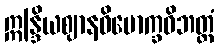
ဣန္ဒြိယဈာနဝိမောက္ခဝိဘတ္တံ